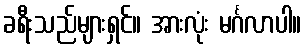
ခရီးသည်များရှင်။ အားလုံး မင်္ဂလာပါ။